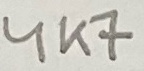
Text: 4K7